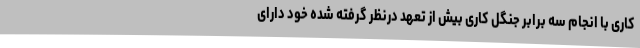
کاری با انجام سه برابر جنگل کاری بیش از تعهد درنظر گرفته شده خود دارای